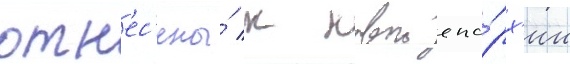
отн'ес'ены́ к новои епа́рх'ии